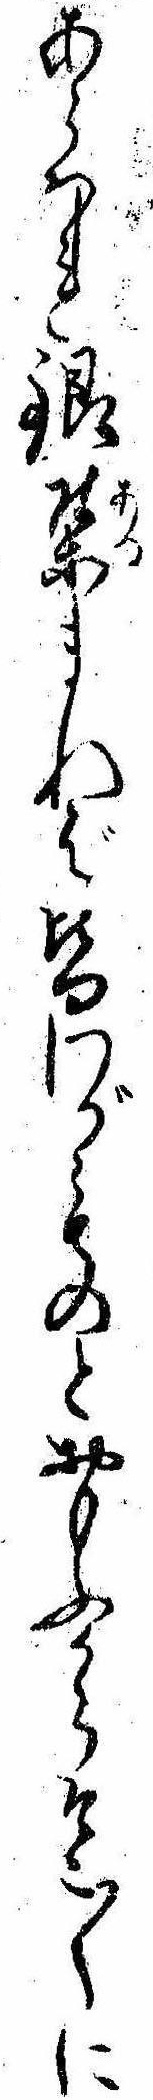
あらはれ銀集まれば皆わがものとおもふからそこ〱に